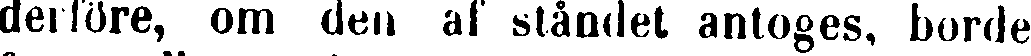
derföre, om den af ståndet antoges, borde